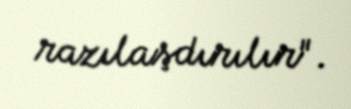
razılaşdırılır".